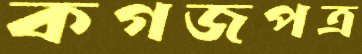
কগজপত্র